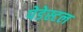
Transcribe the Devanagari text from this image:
पेडेस्टल